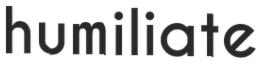
humiliate